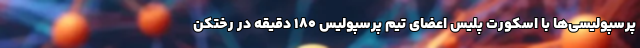
پرسپولیسی‌ها با اسکورت پلیس اعضای تیم پرسپولیس 180 دقیقه در رختکن